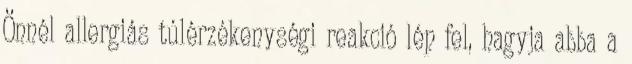
Önnél allergiás túlérzékenységi reakció lép fel, hagyja abba a